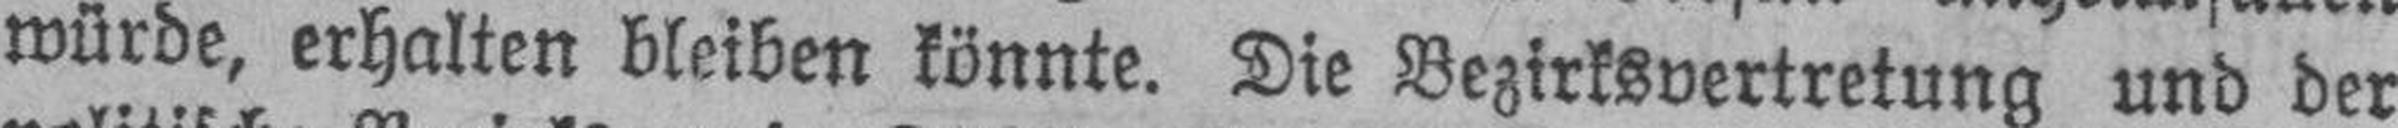
würde, erhalten bleiben könnte. Die Bezirksvertretung und der